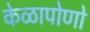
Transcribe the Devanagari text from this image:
केळापोणो